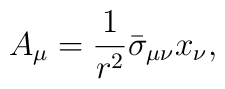
A_{\mu }=\frac{1}{r^{2}}\bar{\sigma}_{\mu \nu }x_{\nu },